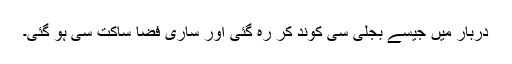
دربار میں جیسے بجلی سی کوند کر رہ گئی اور ساری فضا ساکت سی ہو گئی۔